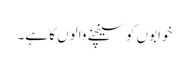
خوابوں کو سینچنے والوں کا ہے۔